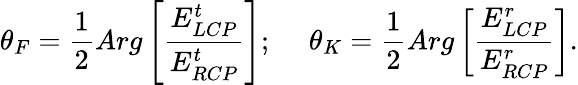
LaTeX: \theta_{F}=\frac{1}{2}Arg\left[\frac{E_{LCP}^{t}}{E_{RCP}^{t}}\right];~~~~~\theta_{K}=\frac{1}{2}Arg\left[\frac{E_{LCP}^{r}}{E_{RCP}^{r}}\right].